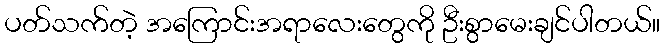
ပတ်သက်တဲ့ အကြောင်းအရာလေးတွေကို ဦးစွာမေးချင်ပါတယ်။